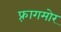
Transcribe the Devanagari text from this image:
फ़्रागमोर